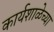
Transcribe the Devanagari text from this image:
कार्यशाळेच्या